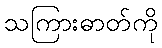
သကြားဓာတ်ကို